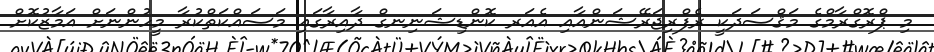
މި ޕްރޮގްރާމްގެ މަޤްސަދަކީ ރެފްރިޖަރޭޝަންއާއި އެއަރ ކޮންޑިޝަނިނގް ދާއިރާގައި މަސައްކަތްކުރާ މީހުންނަށް އަމާޒުކޮށް